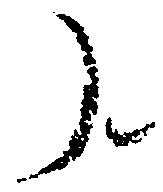
了